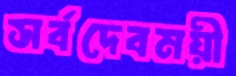
সর্বদেবময়ী